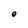
Character: O